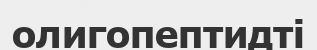
олигопептидті